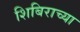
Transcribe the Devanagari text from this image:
शिबिराच्या